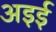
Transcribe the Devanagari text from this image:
अइई